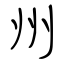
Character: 州